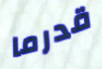
قدرما